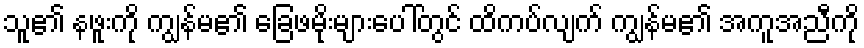
သူ၏ နဖူးကို ကျွန်မ၏ ခြေဖမိုးများပေါ်တွင် ထိကပ်လျက် ကျွန်မ၏ အကူအညီကို